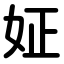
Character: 姃